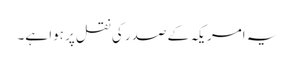
یہ امریکہ کے صدر کی نقل پر ہوا ہے۔